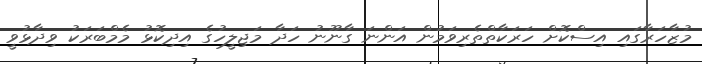
މުޒާހަރާގައި އިސްކޮށް ހަރަކާތްތެރިވަމުން އަންނަ ގާނޫނު ހަދާ މަޖިލީހުގެ އިދިކޮޅު މެމްބަރަކު ވިދާޅުވީ